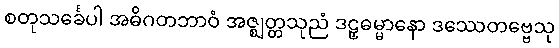
စတုသင်္ခေပါ အဓိဂတဘာဝံ အဇ္ဈတ္တသုညံ ဒဠှဓမ္မာနော ဒဿေတဗ္ဗေသု